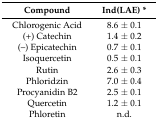
| Compound | Ind(LAE) * |
 | --- | --- |
 | Chlorogenic Acid | 8.6 ± 0.1 |
 | (+) Catechin | 1.4 ± 0.2 |
 | (–) Epicatechin | 0.7 ± 0.1 |
 | Isoquercetin | 0.5 ± 0.1 |
 | Rutin | 2.6 ± 0.3 |
 | Phloridzin | 7.0 ± 0.4 |
 | Procyanidin B2 | 2.5 ± 0.1 |
 | Quercetin | 1.2 ± 0.1 |
 | Phloretin | n.d. |